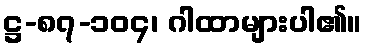
ဋ္ဌ-၈၇-၁၀၄၊ ဂါထာများပါ၏။